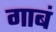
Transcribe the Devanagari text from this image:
गाबं